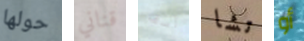
حولها قناني آسف تشا أو